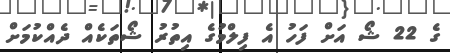
ގެ 22 ޝޯ އަށް ފަހު އެ ފިލްމުގެ އިތުރު ޝޯތަކެއް ދެއްކުމަށް